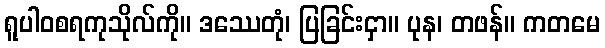
ရူပါဝစရကုသိုလ်ကို။ ဒဿေတုံ၊ ပြခြင်းငှာ။ ပုန၊ တဖန်။ ကတမေ